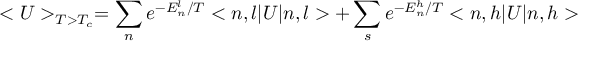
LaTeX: < U > _ { T > T _ { c } } = \sum _ { n } e ^ { - E _ { n } ^ { l } / T } < n , l | U | n , l > + \sum _ { s } e ^ { - E _ { n } ^ { h } / T } < n , h | U | n , h >